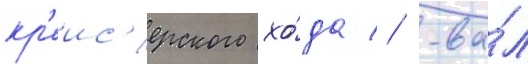
кр'еис'ерского хо́да // -ва́л